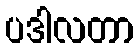
ပဒါလတာ